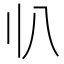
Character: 𠔂